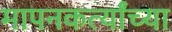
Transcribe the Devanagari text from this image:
मापनकर्त्यांच्या